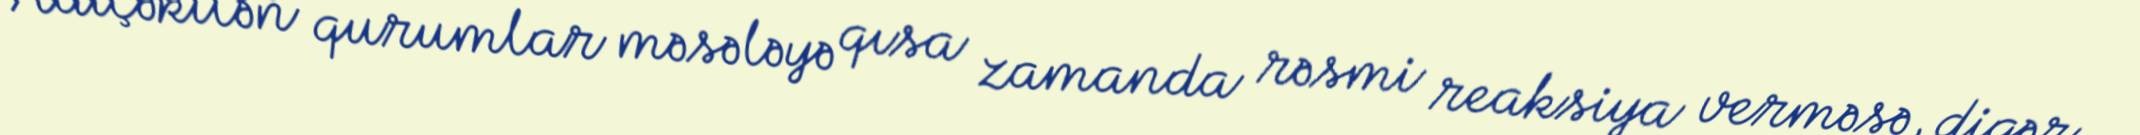
Adıçəkilən qurumlar məsələyə qısa zamanda rəsmi reaksiya verməsə, digər